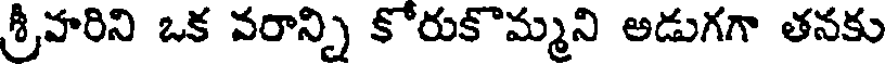
శ్రీవారిని ఒక వరాన్ని కోరుకొమ్మని అడుగగా తనకు